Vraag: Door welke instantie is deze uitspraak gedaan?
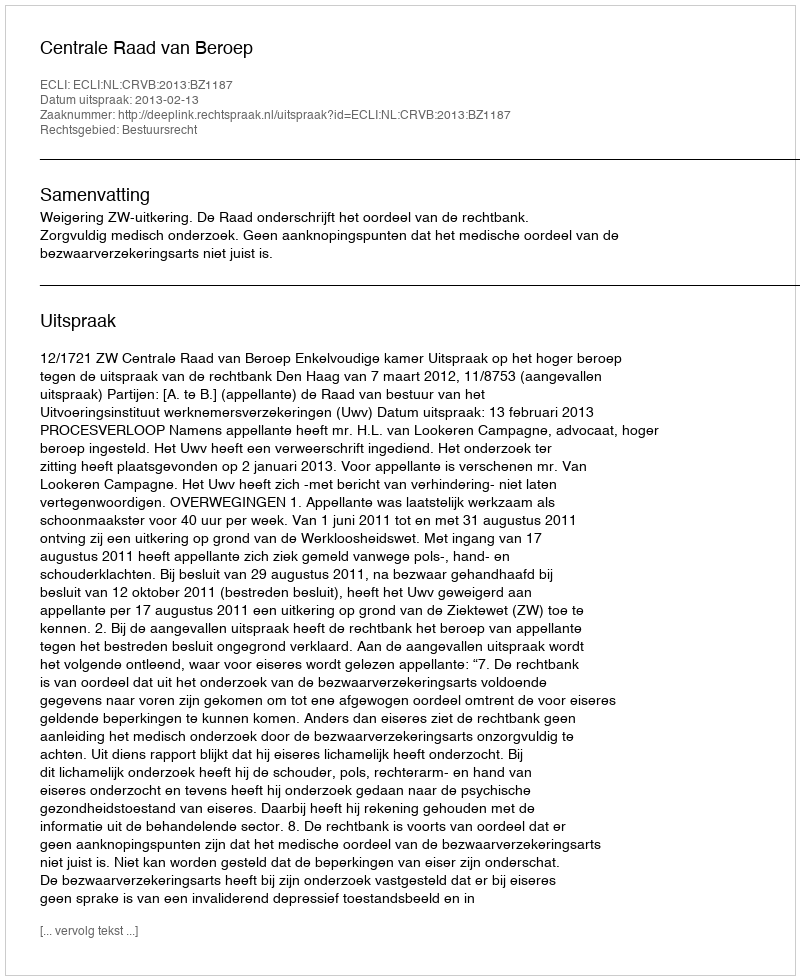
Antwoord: Centrale Raad van Beroep